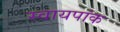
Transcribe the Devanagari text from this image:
स्वायपांक